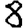
Digit: 8